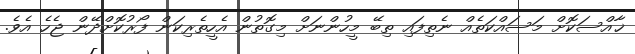
ޚާއްސަކޮށް މަސައްކަތެއް ނެތިފައި ތިބޭ މީހުންނަށް މިގޮތުން އެހީތެރިކަން ފޯރުކޮށްދޭން ޖެހެ އެވެ.